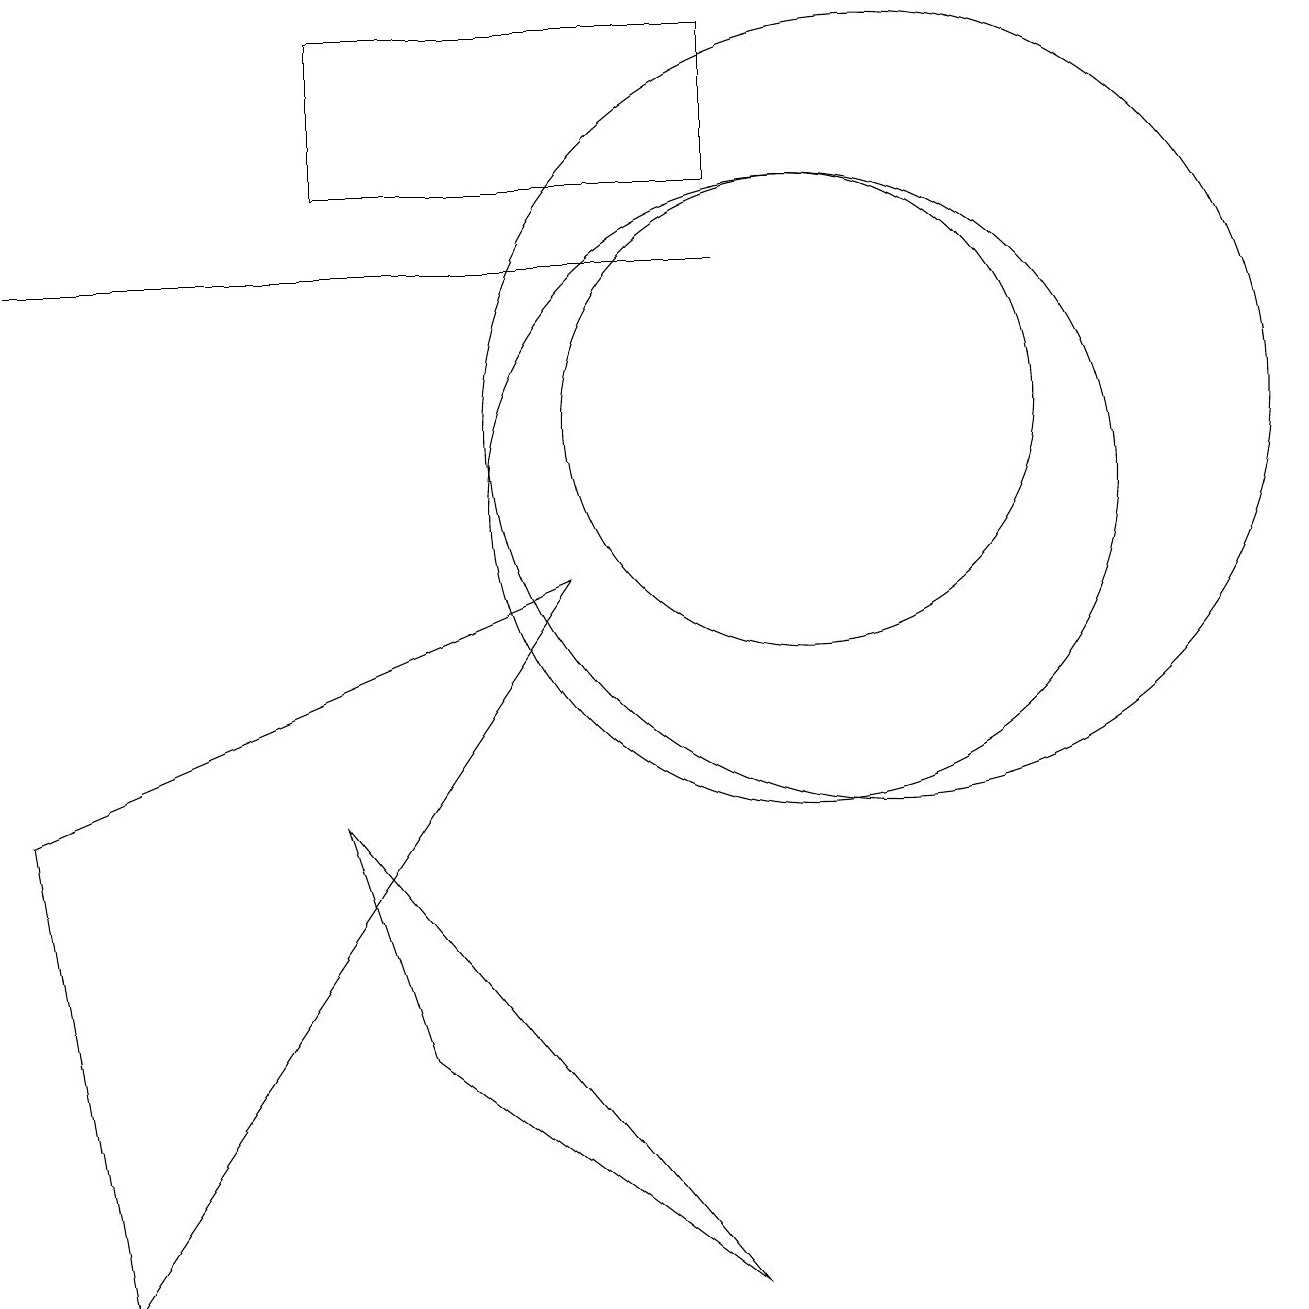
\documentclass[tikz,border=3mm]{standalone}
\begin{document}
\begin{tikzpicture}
\draw (10,11) circle (3);
\draw (9,13) rectangle (0,13);
\draw (7,9) -- (1,0) -- (0,6) -- cycle;
\draw (11,11) circle (5);
\draw (9,0) -- (5,3) -- (4,6) -- cycle;
\draw (10,10) circle (4);
\draw (9,14) rectangle (4,16);
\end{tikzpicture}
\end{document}